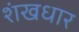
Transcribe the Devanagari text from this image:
शंखधार